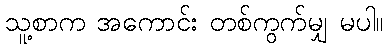
သူ့စာက အကောင်း တစ်ကွက်မျှ မပါ။